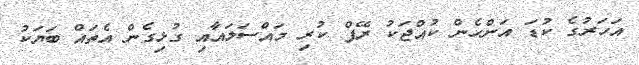
އަހަރުގެ ކުޑަ އަންހެން ކުއްޖަކު ރޭޕް ކުރި މައްސަލައާއި ގުޅިގެން އެތައް ބަޔަކު